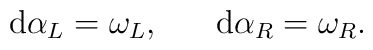
{\rm d}\alpha_L=\omega_L,\;\;\;\;\;\;{\rm d}\alpha_R=\omega_R.